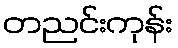
တညင်းကုန်း